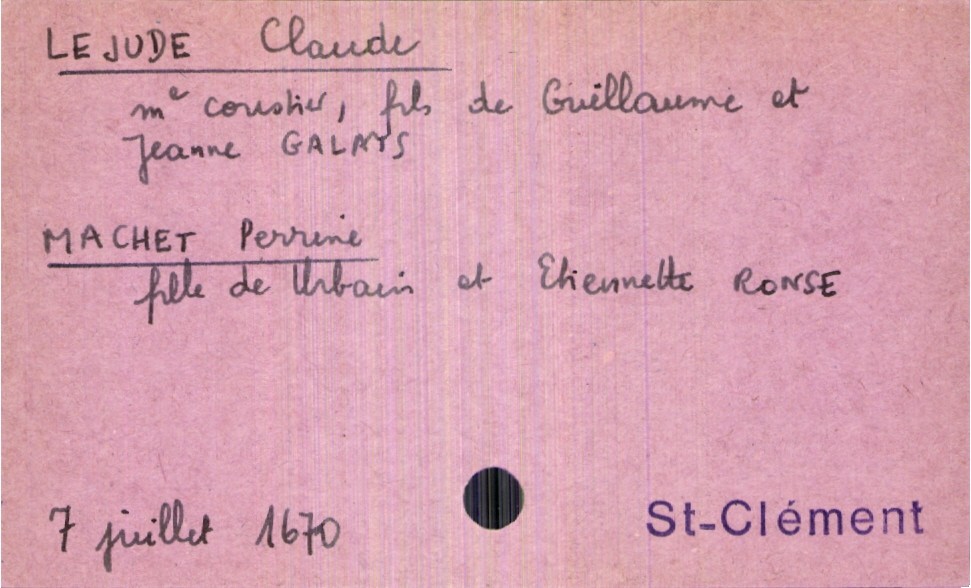
type_acte: Mariage
année: 1670
mois: juillet
jour: 7
paroisse: Saint-Clément
marié_nom: Lejude
marié_prénom: Claude
marié_profession: maitre courtier
père_marié_nom: Lejude
père_marié_prénom: Guillaume
mère_marié_nom: Galays
mère_marié_prénom: Jeanne
mariée_nom: Machet
mariée_prénom: Perrine
père_mariée_nom: Machet
père_mariée_prénom: Urbain
mère_mariée_nom: Ronse
mère_mariée_prénom: Etiennette